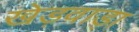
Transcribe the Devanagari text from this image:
खेड़वाड़ा